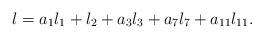
LaTeX: \begin{align*} \l = a_1\l_1+\l_2 + a_3\l_3+a_7\l_7 +a_{11}\l_{11}. \end{align*}